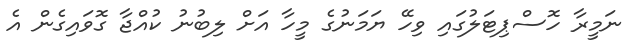
ނަމީރާ ހޮސްޕިޓަލުގައި ވިހޭ ޔަމަނުގެ މީހާ އަށް ލިބުނު ކުއްޖާ ގޮވައިގެން އެ